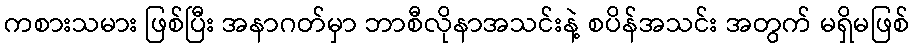
ကစားသမား ဖြစ်ပြီး အနာဂတ်မှာ ဘာစီလိုနာအသင်းနဲ့ စပိန်အသင်း အတွက် မရှိမဖြစ်